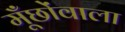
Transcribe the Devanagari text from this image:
मूँछोंवाला